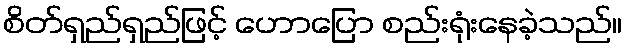
စိတ်ရှည်ရှည်ဖြင့် ဟောပြော စည်းရုံးနေခဲ့သည်။